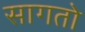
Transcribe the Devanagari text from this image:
सागतो